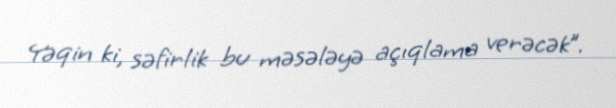
Yəqin ki, səfirlik bu məsələyə açıqlama verəcək”.